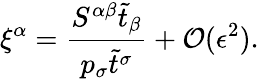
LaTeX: \xi^{\alpha}=\frac{S^{\alpha\beta}\tilde{t}_{\beta}}{p_{\sigma}\tilde{t}^{\sigma}}+\mathcal{O}(\epsilon^{2}).